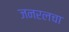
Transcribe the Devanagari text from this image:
जनरलचा